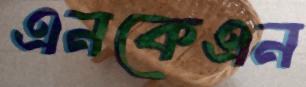
এনকেএন